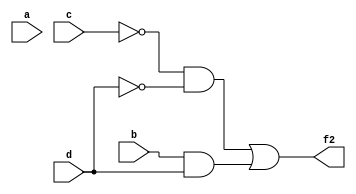
module ex1b (
	input a, b, c, d,
	output f2
);
	assign f2= (~c)&(~d) | b&d;
endmodule

module ex1b_tb;
	reg a, b, c, d;
	wire f2;

	ex1b ex1b_i (.a(a), .b(b), .c(c), .d(d), .f2(f2));

	integer k;
	initial begin
		$display("Time\ta\tb\tc\td\tabcd_10\tf2");
		$monitor("%0t\t%b\t%b\t%b\t%b\t%0d\t%b", $time, a, b, c, d, {a,b,c,d}, f2);
		{a, b, c, d} = 0;
		for (k = 1; k < 16; k = k + 1)
			#10 {a, b, c, d} = k;
	end
endmodule